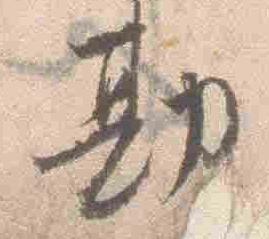
勘